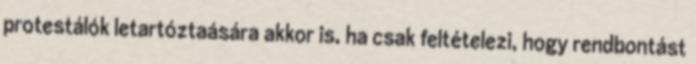
protestálók letartóztaására akkor is, ha csak feltételezi, hogy rendbontást